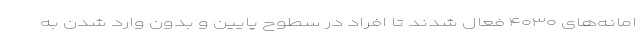
امانه‌های ۴۰۳۰ فعال شدند تا افراد در سطوح پایین و بدون وارد شدن به